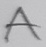
Text: A